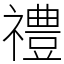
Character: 禮